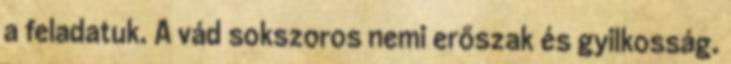
a feladatuk. A vád sokszoros nemi erőszak és gyilkosság.